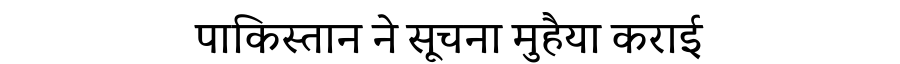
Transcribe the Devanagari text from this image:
पाकिस्तान ने सूचना मुहैया कराई